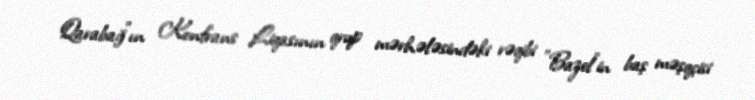
Qarabağ"ın Konfrans Liqasının qrup mərhələsindəki rəqibi "Bazel"in baş məşqçisi